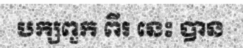
បក្សពួក ពីរ នេះ បាន